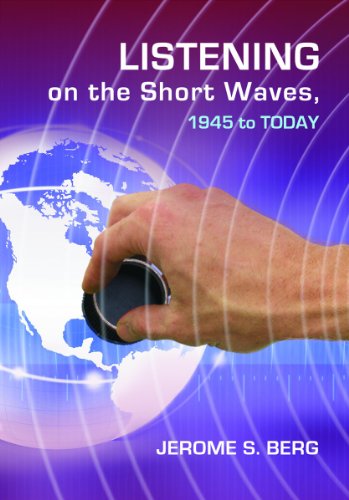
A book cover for Listening on the Short Waves, 1945 to Today; Jerome S. Berg; Humor & Entertainment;